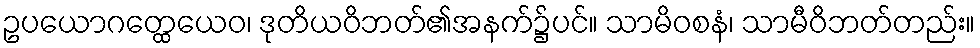
ဥပယောဂတ္ထေယေဝ၊ ဒုတိယဝိဘတ်၏အနက်၌ပင်။ သာမိဝစနံ၊ သာမီဝိဘတ်တည်း။